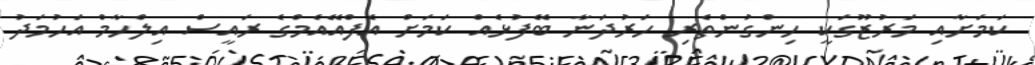
ކަމަށާއި މަރުޒޫގަކީ ހިންގުންތެރި ހަރުދަނާ ބޭފުޅެއް ކަމަށް އެފްއޭއެމްގެ ރައީސް އިލްހާމް އަހުމަދު